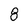
Character: 8